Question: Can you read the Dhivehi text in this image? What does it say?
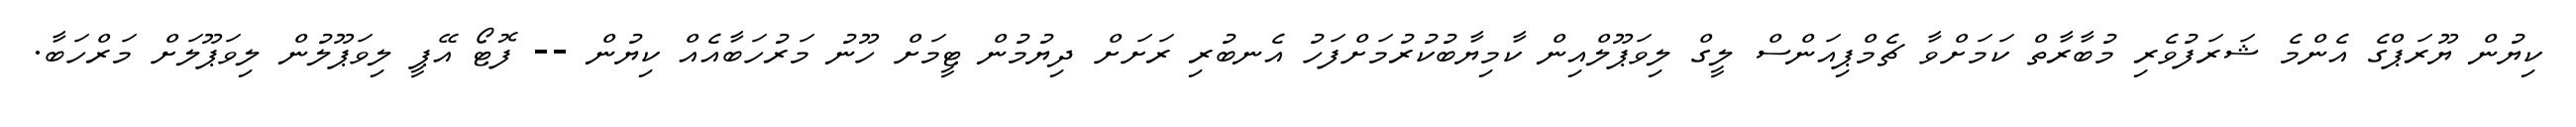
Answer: ކިޔުން ޔޫރަޕްގެ އެންމެ ޝަރަފުވެރި މުބާރާތް ކަމަށްވާ ޗެމްޕިއަންސް ލީގް ލިވަޕޫލްއިން ކާމިޔާބުކުރުމަށްފަހު އެނބުރި ރަށަށް ދިޔުމުން ޓީމަށް ހޫނު މަރުހަބާއެއް ކިޔުން -- ފޮޓޯ އޭޕީ ލިވަޕޫލުން ލިވަޕޫލަށް މަރްހަބާ.